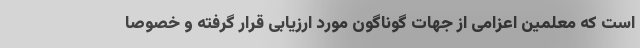
است که معلمین اعزامی از جهات گوناگون مورد ارزیابی قرار گرفته و خصوصاً